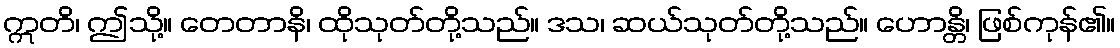
ဣတိ၊ ဤသို့။ တေတာနိ၊ ထိုသုတ်တို့သည်။ ဒသ၊ ဆယ်သုတ်တို့သည်။ ဟောန္တိ၊ ဖြစ်ကုန်၏။